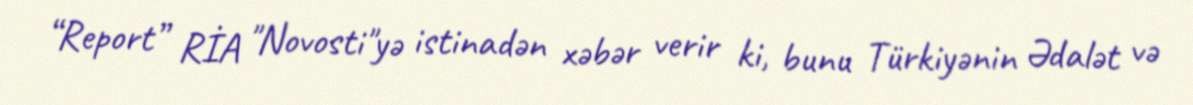
“Report” RİA "Novosti"yə istinadən xəbər verir ki, bunu Türkiyənin Ədalət və